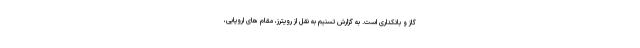
گاز و بانکداری است. به گزارش تسنیم به نقل از رویترز، مقام های اروپایی،